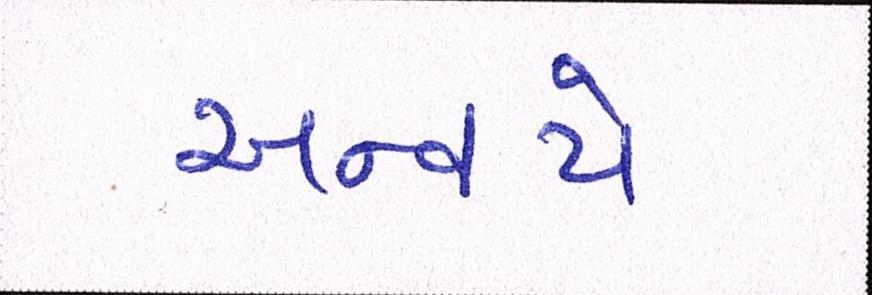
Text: અન્વયે